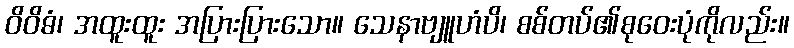
ဝိဝိဓံ၊ အထူးထူး အပြားပြားသော။ သေနာဗျူဟံပိ၊ စစ်တပ်၏စုဝေးပုံကိုလည်း။